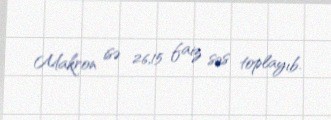
Makron isə 26,15 faiz səs toplayıb.